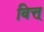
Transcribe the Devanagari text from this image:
वित्त्